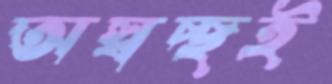
অস্বচ্ছই